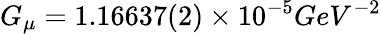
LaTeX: G_{\mu}=1.16637(2)\times 10^{-5}GeV^{-2}